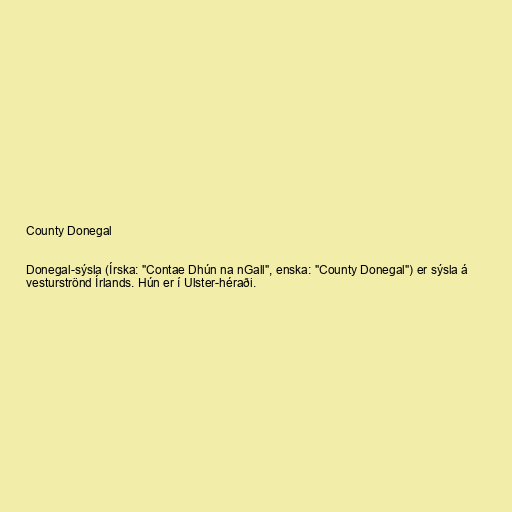
County Donegal

Donegal-sýsla (Írska: "Contae Dhún na nGall", enska: "County Donegal") er sýsla á
vesturströnd Írlands. Hún er í Ulster-héraði.